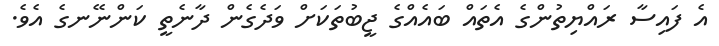
އެ ފައިސާ ރައްޔިތުުންގެ އެތައް ބައެއްގެ ޖީބުތަކަށް ވަދެގެން ދާނެތީ ކަންނޭނގެ އެވެ.